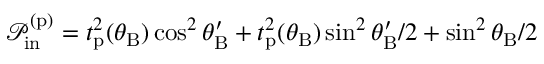
\mathcal { P } _ { \mathrm { i n } } ^ { ( \mathrm { p } ) } = t _ { \mathrm { p } } ^ { 2 } ( \theta _ { \mathrm { B } } ) \cos ^ { 2 } \theta _ { \mathrm { B } } ^ { \prime } + t _ { \mathrm { p } } ^ { 2 } ( \theta _ { \mathrm { B } } ) \sin ^ { 2 } \theta _ { \mathrm { B } } ^ { \prime } / 2 + \sin ^ { 2 } \theta _ { \mathrm { B } } / 2